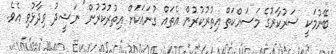
ބޭނުމަކީ ސަރުކާރުގެ މަސައްކަތް އިތުރުކުރުން އެތައް ގުނައަކަށް އިތުރުކުރުން" ނަޝީދު ވިދާޅުވި އެވެ.